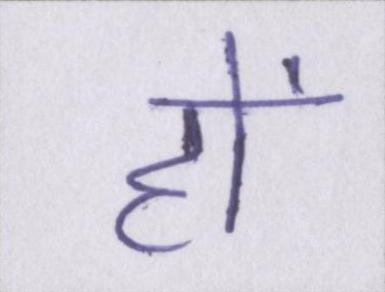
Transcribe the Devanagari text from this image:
हों